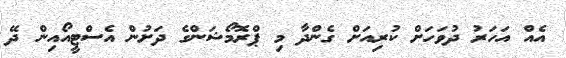
އެއް އަހަރު ދުވަހަށް ކުރިއަށް ގެންދާ މި ޕްރޮމޯޝަންގެ ދަށުން އެސްޓީއޯއިން ދޭ